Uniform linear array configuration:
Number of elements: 32
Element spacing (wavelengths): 0.75
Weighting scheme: hann
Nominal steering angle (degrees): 60
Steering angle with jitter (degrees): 60.455
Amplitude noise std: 0.05
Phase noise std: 0.05

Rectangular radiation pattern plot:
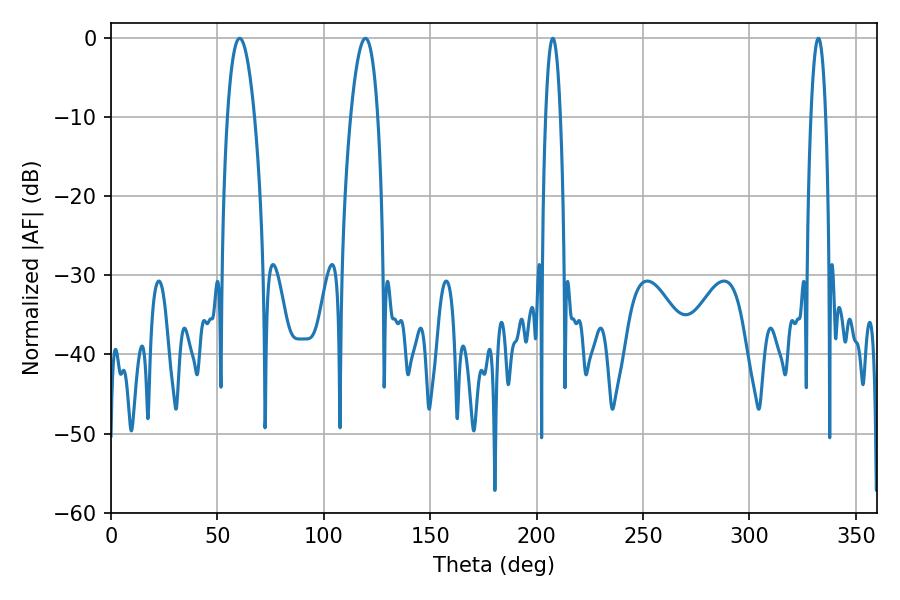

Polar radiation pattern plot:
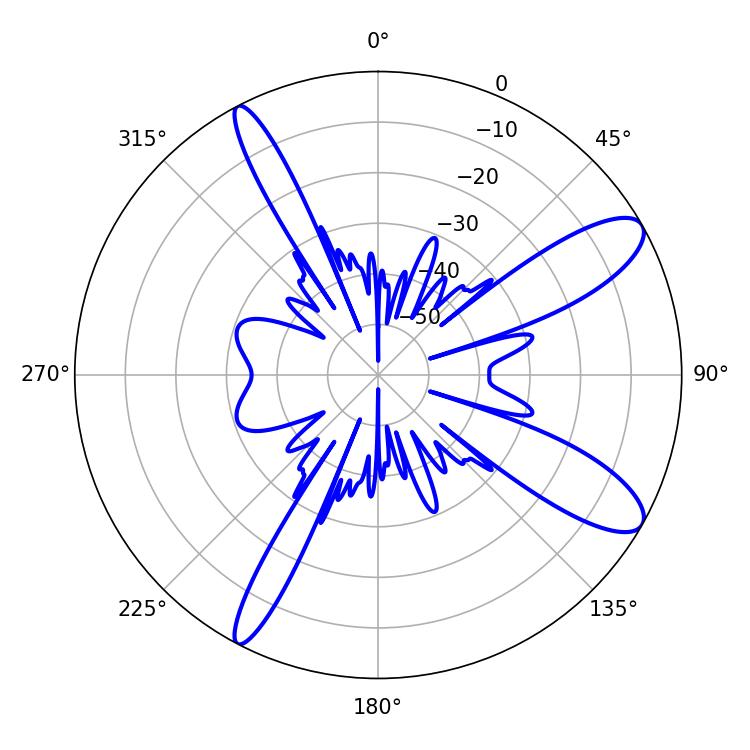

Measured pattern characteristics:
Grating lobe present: TRUE
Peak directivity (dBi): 10.894
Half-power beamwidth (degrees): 7.02
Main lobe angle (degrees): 60.48